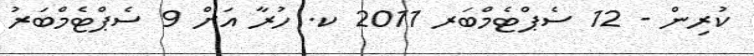
ކުރިން - 12 ސެޕްޓެމްބަރ 2011 ކ. ހުރާ އަށް 9 ސެޕްޓެމްބަރު